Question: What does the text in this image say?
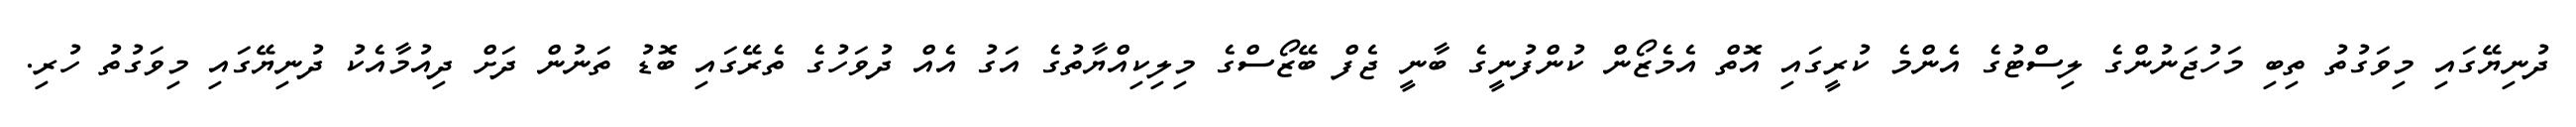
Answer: ދުނިޔޭގައި މިވަގުތު ތިބި މަހުޖަނުންގެ ލިސްޓުގެ އެންމެ ކުރީގައި އޮތް އެމެޒޯން ކުންފުނީގެ ބާނީ ޖެފް ބޭޒޯސްގެ މިލިކިއްޔާތުގެ އަގު އެއް ދުވަހުގެ ތެރޭގައި ބޮޑު ތަނުން ދަށް ދިއުމާއެކު ދުނިޔޭގައި މިވަގުތު ހުރި.